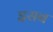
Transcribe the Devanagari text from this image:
इसब